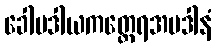
ခေါမဒါယကတ္ထေရအပဒါနံ